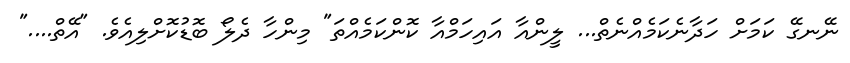
ނޭނގޭ ކަމަށް ހަދާނެކަމެއްނެތް... ލީންއާ އައިހަމްއާ ކޮންކަމެއްތަ" މިންހާ ދެލޯ ބޮޑުކޮށްލިއެވެ. "އޭތް...."